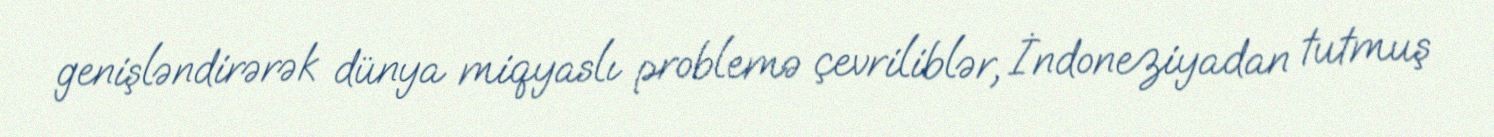
genişləndirərək dünya miqyaslı problemə çevriliblər, İndoneziyadan tutmuş